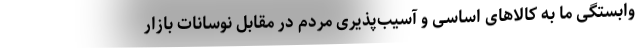
وابستگی ما به کالاهای اساسی و آسیب‌پذیری مردم در مقابل نوسانات بازار